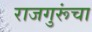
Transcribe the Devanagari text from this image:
राजगुरूंचा